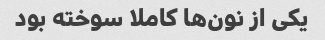
یکی از نون‌ها کاملا سوخته بود